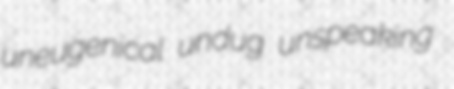
uneugenical undug unspeaking